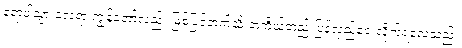
ရောပါသွားလေရာ ကျွန်တော်လည်း မြစ်ပြင်ဘက်သို့ တကိုယ်တည်းပြန်လှည့်ငေးလိုက်ရလေသည်။